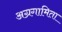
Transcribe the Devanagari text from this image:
अग्रगामिता